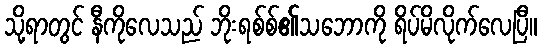
သို့ရာတွင် နီကိုလေသည် ဘိုးရစ်စ်၏သဘောကို ရိပ်မိလိုက်လေပြီ။